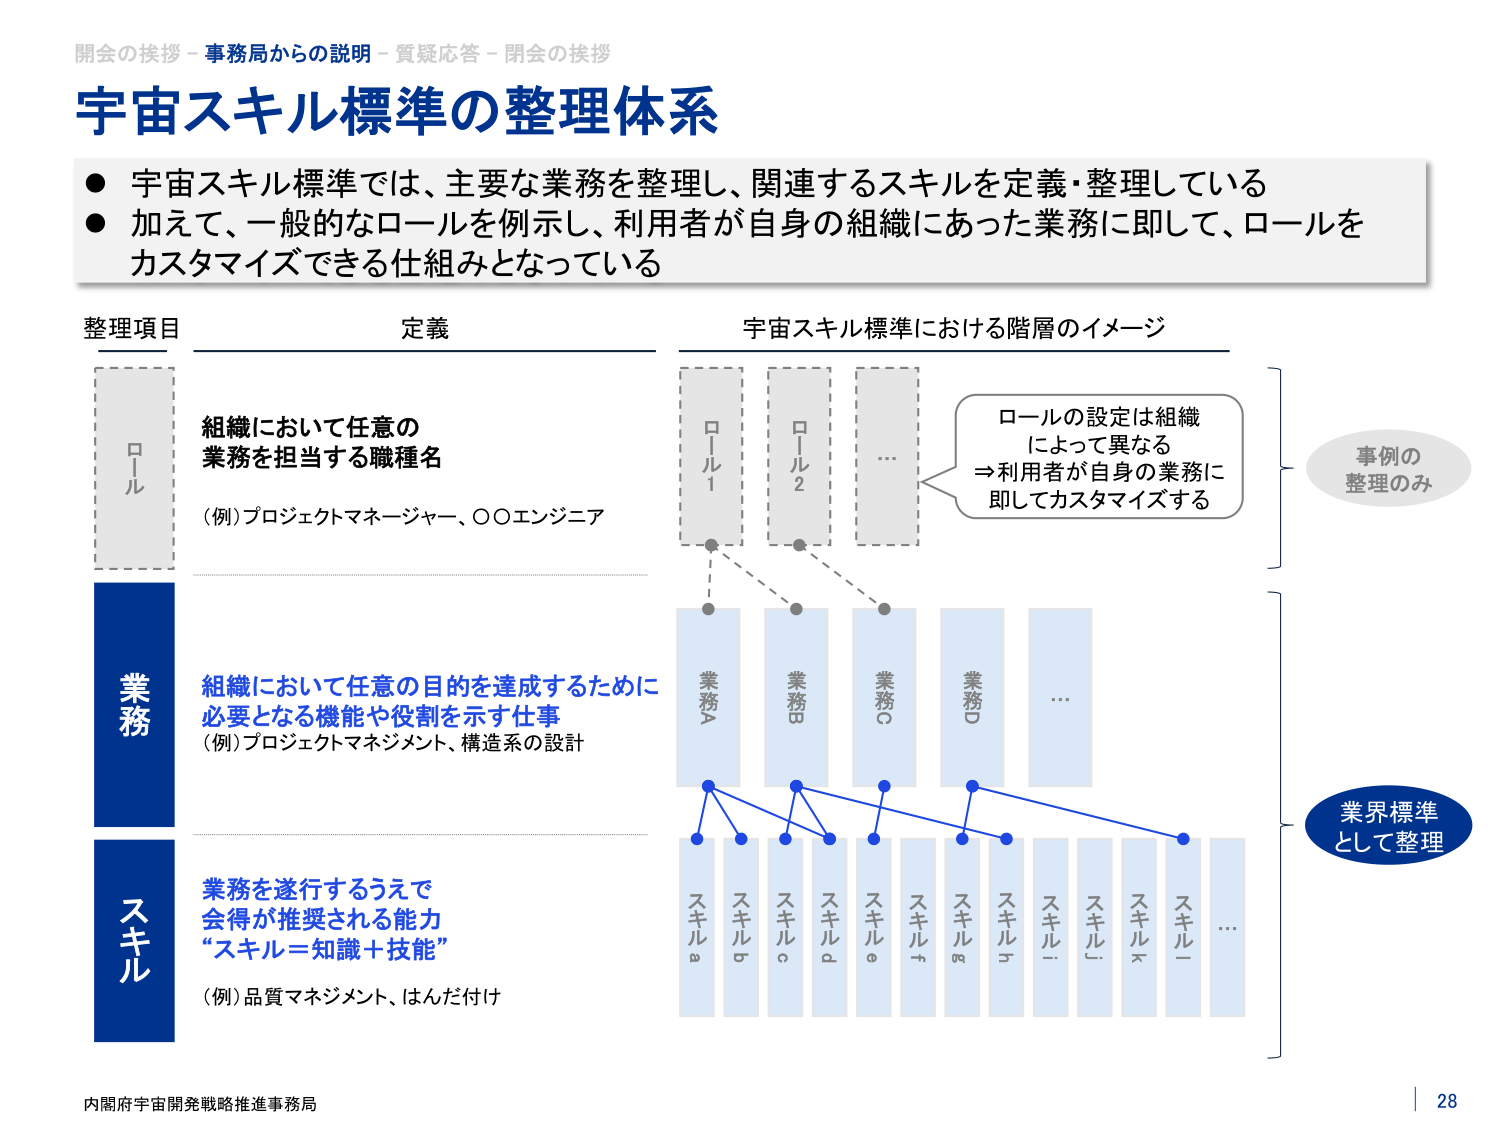
開会の挨拶 - 事務局からの説明 - 質疑応答 - 閉会の挨拶
宇宙スキル標準の整理体系
● 宇宙スキル標準では、主要な業務を整理し、関連するスキルを定義・整理している
● 加えて、一般的なロールを例示し、利用者が自身の組織にあった業務に即して、ロールをカスタマイズできる仕組みとなっている

整理項目　定義
ロール
　組織において任意の
　業務を担当する職種名
　（例）プロジェクトマネージャー、○○エンジニア

業務
　組織において任意の目的を達成するために
　必要となる機能や役割を示す仕事
　（例）プロジェクトマネジメント、構造系の設計

スキル
　業務を遂行するうえで
　会得が推奨される能力
　“スキル＝知識＋技能”
　（例）品質マネジメント、はんだ付け

宇宙スキル標準における階層のイメージ
ロール1　ロール2　…
　　ロールの設定は組織
　　によって異なる
　　⇒利用者が自身の業務に
　　即してカスタマイズする

業務A　業務B　業務C　業務D　…
スキルa　スキルb　スキルc　スキルd　スキルe　スキルf　スキルg　スキルh　スキルi　スキルj　…

事例の整理のみ
業界標準として整理

内閣府宇宙開発戦略推進事務局
28